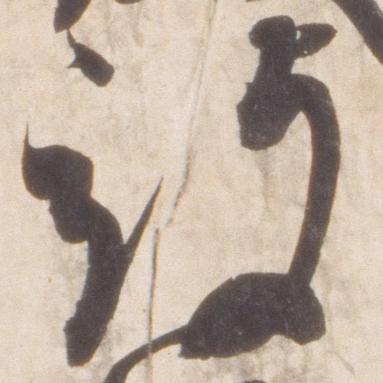
被